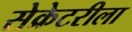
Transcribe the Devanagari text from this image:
सेक्रेटरीला